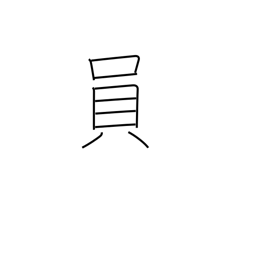
Meaning: the one in charge